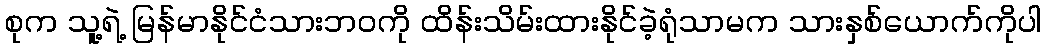
စုက သူ့ရဲ့ မြန်မာနိုင်ငံသားဘဝကို ထိန်းသိမ်းထားနိုင်ခဲ့ရုံသာမက သားနှစ်ယောက်ကိုပါ